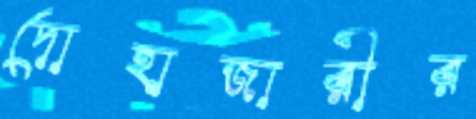
দোহাজারীর